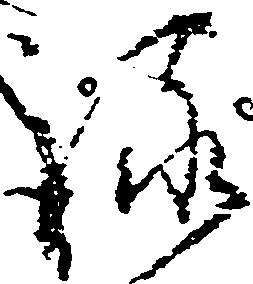
詠